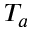
T _ { a }